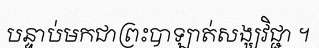
បន្ទាប់មកជាព្រះបាឡាត់សង្ឃវិជ្ជា ។